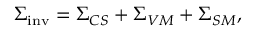
{ \Sigma } _ { \mathrm { i n v } } = { \Sigma } _ { C S } + { \Sigma } _ { V M } + { \Sigma } _ { S M } ,